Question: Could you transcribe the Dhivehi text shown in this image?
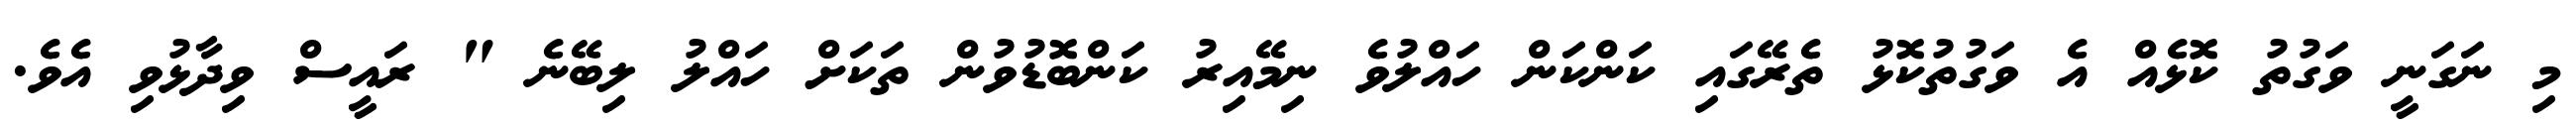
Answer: މި ނަގަނީ ވަގުތު ކޮޅެއް އެ ވަގުތުކޮޅު ތެރޭގައި ކަންކަން ހައްލުވެ ނިމޭއިރު ކަންބޮޑުވުން ތަކަށް ހައްލު ލިބޭނެ " ރައީސް ވިދާޅުވި އެވެ.